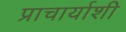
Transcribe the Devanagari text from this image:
प्राचार्याशी